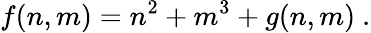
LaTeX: f(n,m)=n^{2}+m^{3}+g(n,m)~.